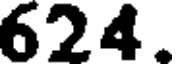
624.